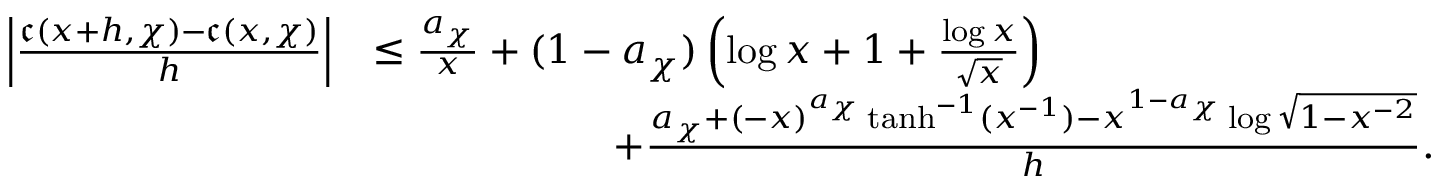
\begin{array} { r l } { \left| \frac { \mathfrak { c } ( x + h , \chi ) - \mathfrak { c } ( x , \chi ) } { h } \right| } & { \leq \frac { a _ { \chi } } { x } + ( 1 - a _ { \chi } ) \left( \log { x } + 1 + \frac { \log { x } } { \sqrt { x } } \right) } \\ & { \qquad \qquad \qquad + \frac { a _ { \chi } + ( - x ) ^ { a _ { \chi } } \operatorname { t a n h } ^ { - 1 } ( x ^ { - 1 } ) - x ^ { 1 - a _ { \chi } } \log { \sqrt { 1 - x ^ { - 2 } } } } { h } . } \end{array}